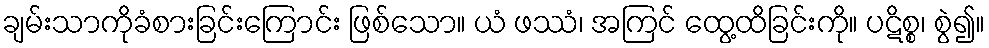
ချမ်းသာကိုခံစားခြင်းကြောင်း ဖြစ်သော။ ယံ ဖဿံ၊ အကြင် ထွေ့ထိခြင်းကို။ ပဋိစ္စ၊ စွဲ၍။